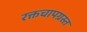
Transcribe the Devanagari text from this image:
रक्तचापग्रस्त